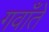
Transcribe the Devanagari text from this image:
गवाँते